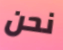
نحن